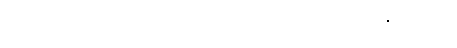
တကွ။ တံဝါနရိန္ဒံ၊ ထိုမျောက်မင်းကို။ ဃာတေသိ၊ သတ်လေပြီ။ တတ္ထပိ၊ ထိုဇာတ်၌လည်း။